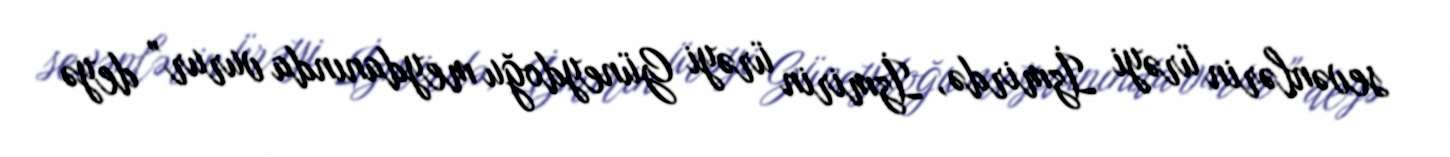
sevənlərin ürəyi İzmirdə, İzmirin ürəyi Güneydoğu meydanında vurur” deyə